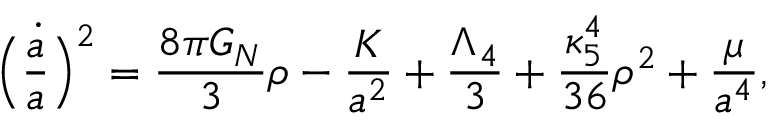
\Bigl ( \frac { { \dot { a } } } { a } \Bigr ) ^ { 2 } = \frac { 8 \pi G _ { N } } { 3 } \rho - \frac { K } { a ^ { 2 } } + \frac { \Lambda _ { 4 } } { 3 } + \frac { \kappa _ { 5 } ^ { 4 } } { 3 6 } \rho ^ { 2 } + \frac { \mu } { a ^ { 4 } } ,